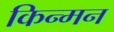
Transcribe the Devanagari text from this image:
किन्मन